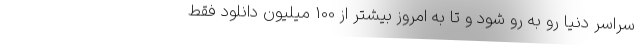
سراسر دنیا رو به رو شود و تا به امروز بیشتر از 100 میلیون دانلود فقط